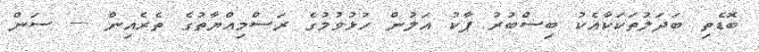
ބޮޑެތި ބަދަލުތަކަކާއެކު ބިސްބުރު ޕާކު އަލުން ހުޅުވުމުގެ ރަސްމިއްޔާތުގެ ތެރެއިން --- ސަން